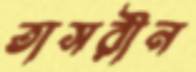
তাসরীন